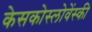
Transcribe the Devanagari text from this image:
केसकोस्लोवेंस्की